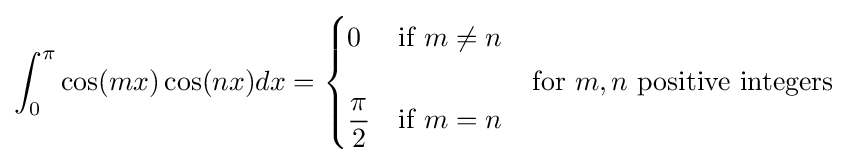
\int _{0}^{\pi }\cos(mx)\cos(nx)dx={\begin{cases}0&{\text{if }}m\neq n\\\\{\dfrac {\pi }{2}}&{\text{if }}m=n\end{cases}}\quad {\text{for }}m,n{\text{ positive integers}}